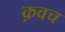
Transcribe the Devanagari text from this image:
क़वच